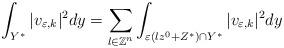
LaTeX: \begin{align*}\int_{Y^{\ast}}\vert v_{\varepsilon, k} \vert^{2} dy = \sum_{l \in{\mathbb{Z}}^{n}} \int_{\varepsilon(lz^{0}+Z^{\ast}) \cap Y^{\ast}} \vert v_{\varepsilon,k} \vert^{2} dy\end{align*}